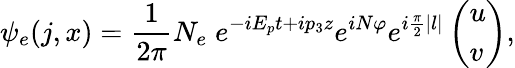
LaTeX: \psi_{e}(j,x)={\frac{1}{2\pi}}N_{e}\; e^{-iE_{p}t+ip_{3}z}e^{iN\varphi}e^{i{\frac{\pi}{2}}|l|}\left(\begin{array}{l}{{u}}\\ {{v}}\end{array}\right),